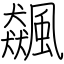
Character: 飆